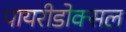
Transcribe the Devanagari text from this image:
पायरीडोक्सल